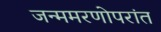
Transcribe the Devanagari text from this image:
जन्ममरणोपरांत